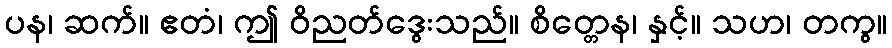
ပန၊ ဆက်။ ဧတံ၊ ဤ ဝိညတ်ဒွေးသည်။ စိတ္တေန၊ နှင့်။ သဟ၊ တကွ။